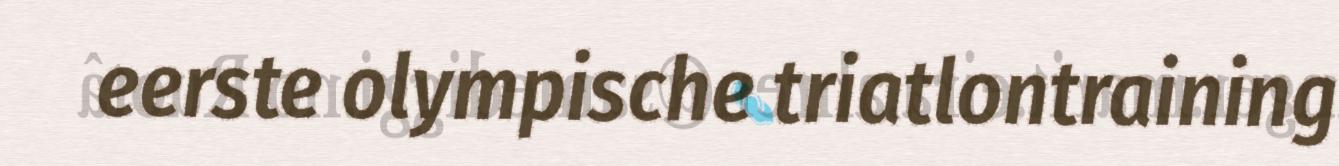
eerste olympische triatlontraining